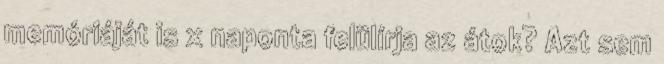
memóriáját is x naponta felülírja az átok? Azt sem